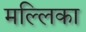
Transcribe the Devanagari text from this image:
मल्‍लिका